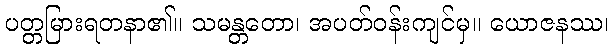
ပတ္တမြားရတနာ၏။ သမန္တတော၊ အပတ်ဝန်းကျင်မှ။ ယောဇနဿ၊